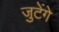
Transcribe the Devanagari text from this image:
जुटेंगे